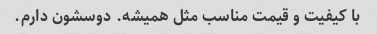
با کیفیت و قیمت مناسب مثل همیشه. دوسشون دارم.